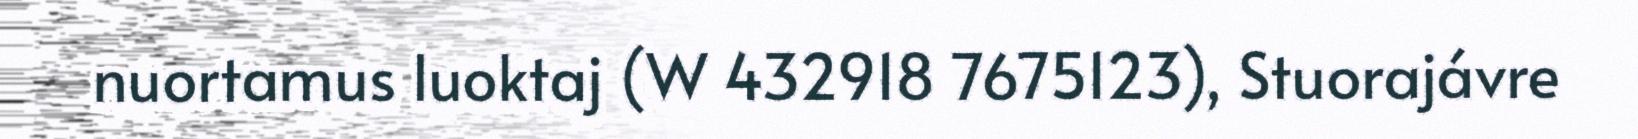
nuortamus luoktaj (W 432918 7675123), Stuorajávre